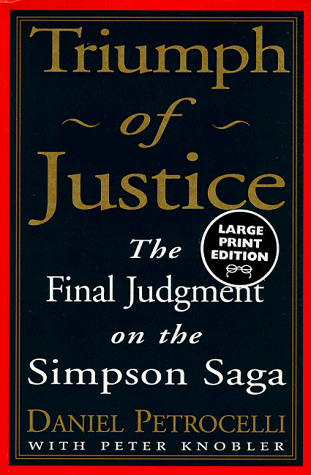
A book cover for Triumph of Justice: The Final Judgment on the Simpson Saga (Random House Large Print); Peter Knobler; Law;